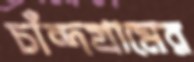
চাঁন্দগ্রামের